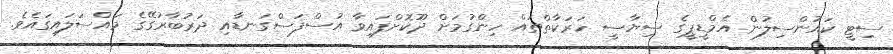
ސިޓީ ކައުންސިލުން އެމްޑީޕީގެ ސިޔާސީ ހަރަކާތްތައް ހިންގުމަށް ދޫކޮށްފައިވާ އުސްފަސްގަނޑާއި ދަރުބާރުގޭގެ މައްސަލައިގައެވެ.